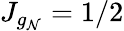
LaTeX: J_{g_{\mathcal{N}}}=1/2